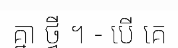
គ្នា ថ្វី ។ - បើ គេ